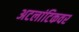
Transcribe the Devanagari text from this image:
अटलांटिकवर